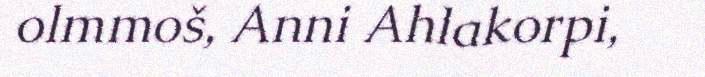
olmmoš, Anni Ahlakorpi,